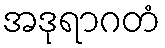
အဒုရာဂတံ